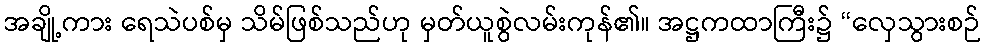
အချို့ကား ရေသဲပစ်မှ သိမ်ဖြစ်သည်ဟု မှတ်ယူစွဲလမ်းကုန်၏။ အဋ္ဌကထာကြီး၌ “လှေသွားစဉ်